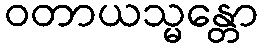
ဝတာယသ္မန္တော